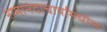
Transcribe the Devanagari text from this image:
रामानंदाचार्यांमधील